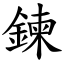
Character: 鍊